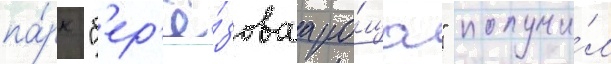
па́рк "б'ер'ё́зоваа ро́ща" получи́л